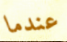
عندما